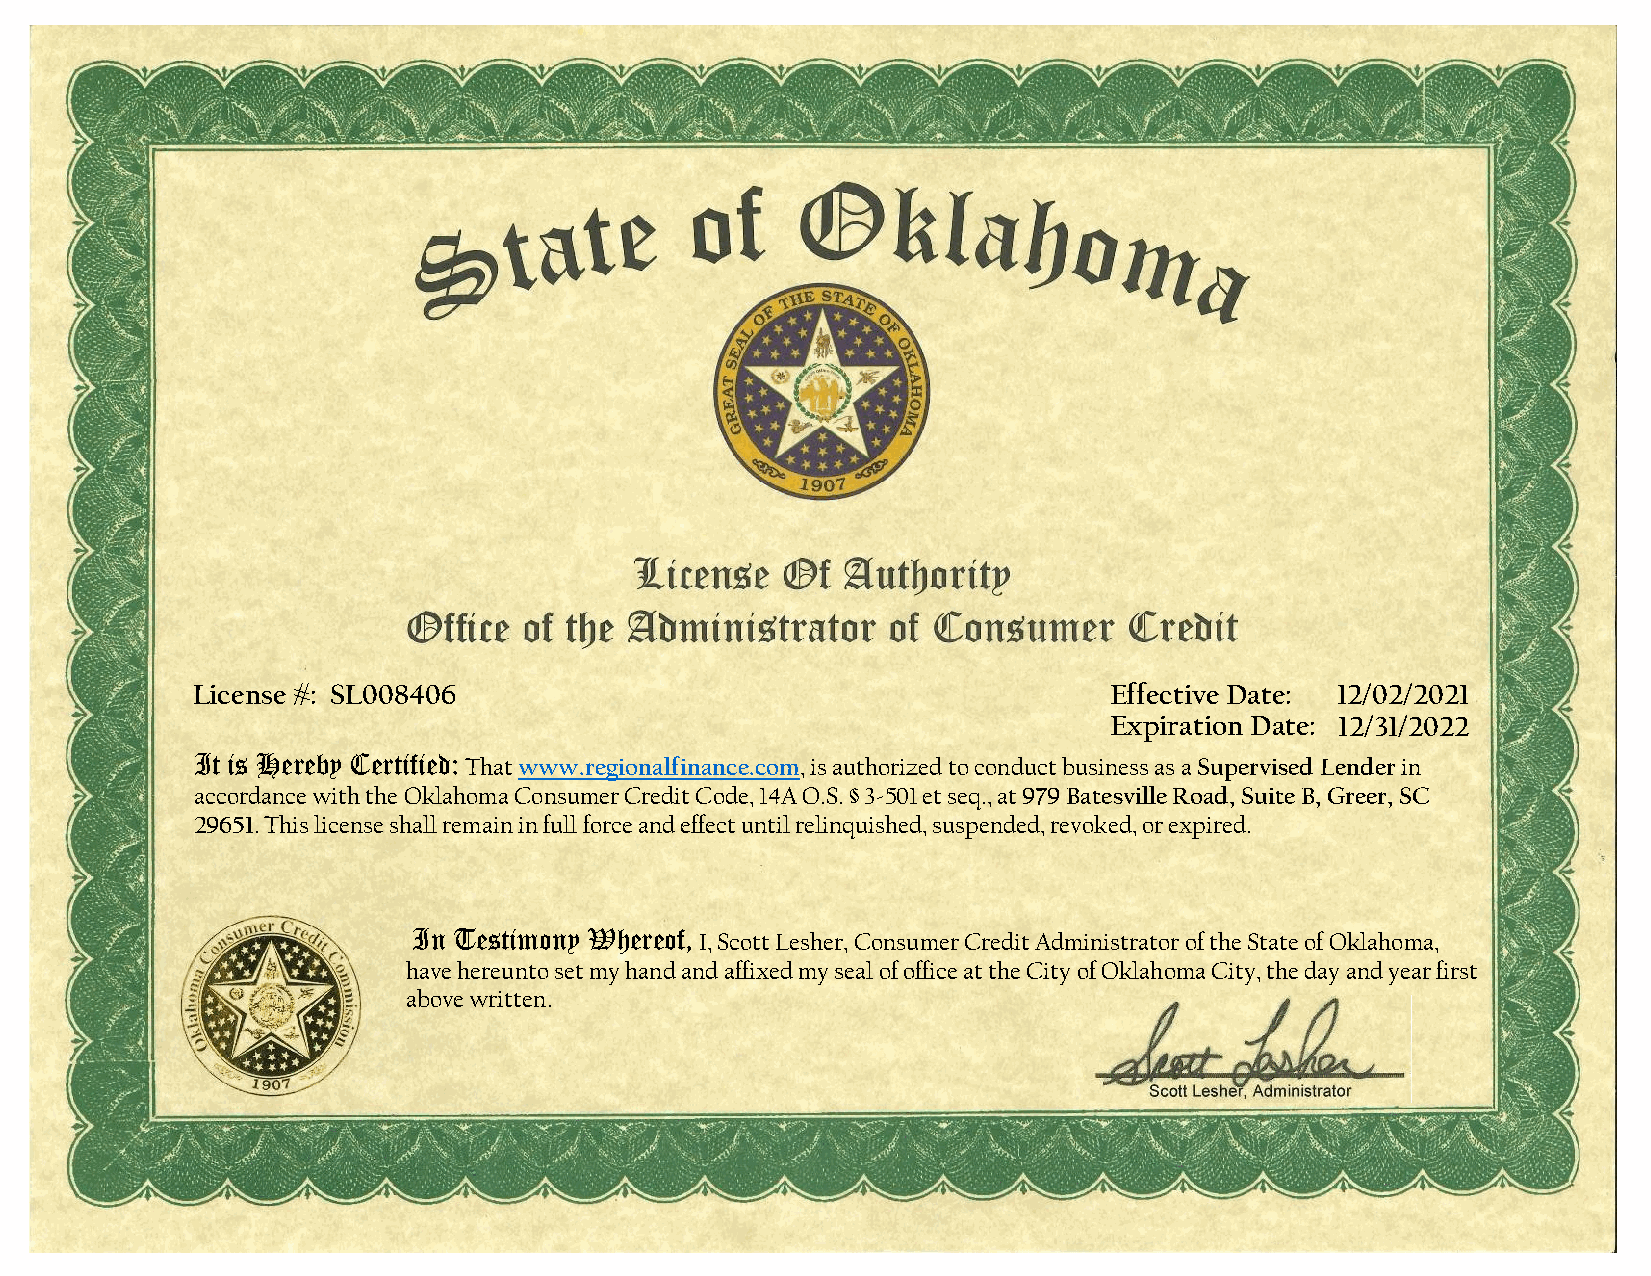
License #: SL008406                                         Effective Date: 12/02/2021
 Expiration Date: 12/31/2022
 It is Hereby Certified:
 That www.regionalfinance.com, is authorized to conduct business as a Supervised Lenderin
 accordance with the Oklahoma Consumer Credit Code, 14A O.S. § 3-501 et seq., at 979 Batesville Road, Suite B, Greer, SC
 29651. This license shall remain in full force and effect until relinquished, suspended, revoked, or expired.
 In Testimony Whereof,
 I, Scott Lesher, Consumer Credit Administrator of the State of Oklahoma,
 have hereunto set my hand and affixed my seal of office at the City of Oklahoma City, the day and year first
 above written.